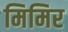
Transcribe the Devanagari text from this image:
मिमिर